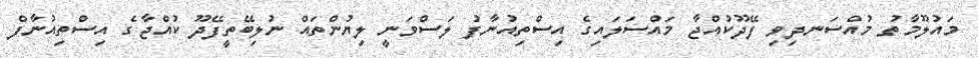
މައުލޫމާތު މުއްސަނދިވި ފޭދޫކުއްޖާ މައްސަލައިގެ އިސްތިއުނާފު ލަސްވަނީ ލިޔުންތައް ނުލިބޭތީފޭދޫ ކުއްޖާގެ އިސްތިއުނާފް